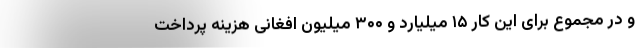
و در مجموع برای این کار ۱۵ میلیارد و ۳۰۰ میلیون افغانی هزینه پرداخت